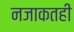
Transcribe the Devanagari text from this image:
नजाकतही